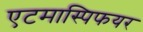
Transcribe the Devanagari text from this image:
एटमास्पिफयर